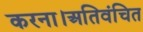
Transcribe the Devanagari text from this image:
करना।अतिवंचित